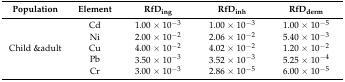
| Population | Element | RfDing | RfDinh | RfDderm |
 | --- | --- | --- | --- | --- |
 | <ROWSPAN=5> Child &adult | Cd | 1.00 × 10−3 | 1.00 × 10−3 | 1.00 × 10−5 |
 | Ni | 2.00 × 10−2 | 2.06 × 10−2 | 5.40 × 10−3 |
 | Cu | 4.00 × 10−2 | 4.02 × 10−2 | 1.20 × 10−2 |
 | Pb | 3.50 × 10−3 | 3.52 × 10−3 | 5.25 × 10−4 |
 | Cr | 3.00 × 10−3 | 2.86 × 10−5 | 6.00 × 10−5 |